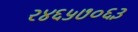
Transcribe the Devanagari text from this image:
२४६५७०६३